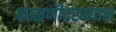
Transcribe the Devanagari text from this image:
फाळणीदरम्यान